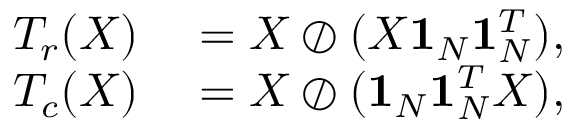
\begin{array} { r l } { T _ { r } ( X ) } & { { } = X \oslash ( X \mathbf { 1 } _ { N } \mathbf { 1 } _ { N } ^ { T } ) , } \\ { T _ { c } ( X ) } & { { } = X \oslash ( \mathbf { 1 } _ { N } \mathbf { 1 } _ { N } ^ { T } X ) , } \end{array}